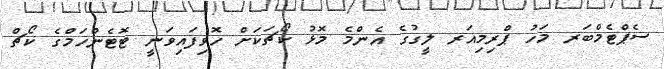
ސެޕްޓެމްބަރ މަހު ޕްރިމިއަރ ލީގުގެ އެންމެ މޮޅު ކޯޗަކަށް ހޮވިފައިވަނީ ޓޮޓެންހަމްގެ ކޯޗް